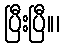
ပြီးပြီ။၊